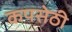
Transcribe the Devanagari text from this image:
कपसेठी